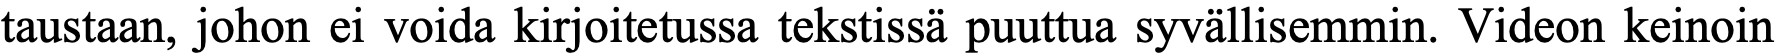
taustaan, johon ei voida kirjoitetussa tekstissä puuttua syvällisemmin. Videon keinoin